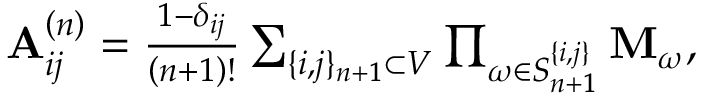
\begin{array} { r } { \mathbf { A } _ { i j } ^ { \left( n \right) } = \frac { 1 - \delta _ { i j } } { \left( n + 1 \right) ! } \sum _ { \{ i , j \} _ { n + 1 } \subset V } \prod _ { \omega \in S _ { n + 1 } ^ { \{ i , j \} } } \mathbf { M } _ { \omega } , } \end{array}